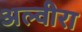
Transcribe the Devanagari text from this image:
अल्वीरा